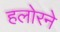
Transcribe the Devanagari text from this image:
हलोरने